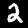
Digit: 2